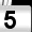
Digit: 5